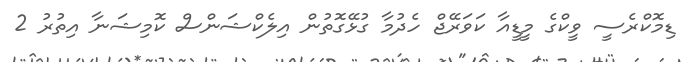
ޑިމޮކްރެސީ ވީކްގެ މީޑީއާ ކަވަރޭޖް ހެދުމާ ގުޅޭގޮތުން އިލެކްޝަންސް ކޮމިޝަނާ އިތުރު 2